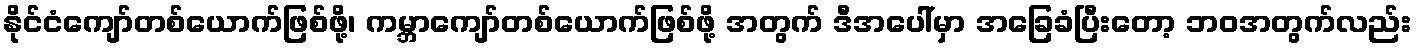
နိုင်ငံကျော်တစ်ယောက်ဖြစ်ဖို့၊ ကမ္ဘာကျော်တစ်ယောက်ဖြစ်ဖို့ အတွက် ဒီအပေါ်မှာ အခြေခံပြီးတော့ ဘဝအတွက်လည်း